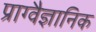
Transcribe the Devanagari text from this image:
प्राग्वैज्ञानिक